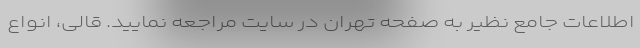
اطلاعات جامع نظیر به صفحه تهران در سایت مراجعه نمایید. قالی، انواع